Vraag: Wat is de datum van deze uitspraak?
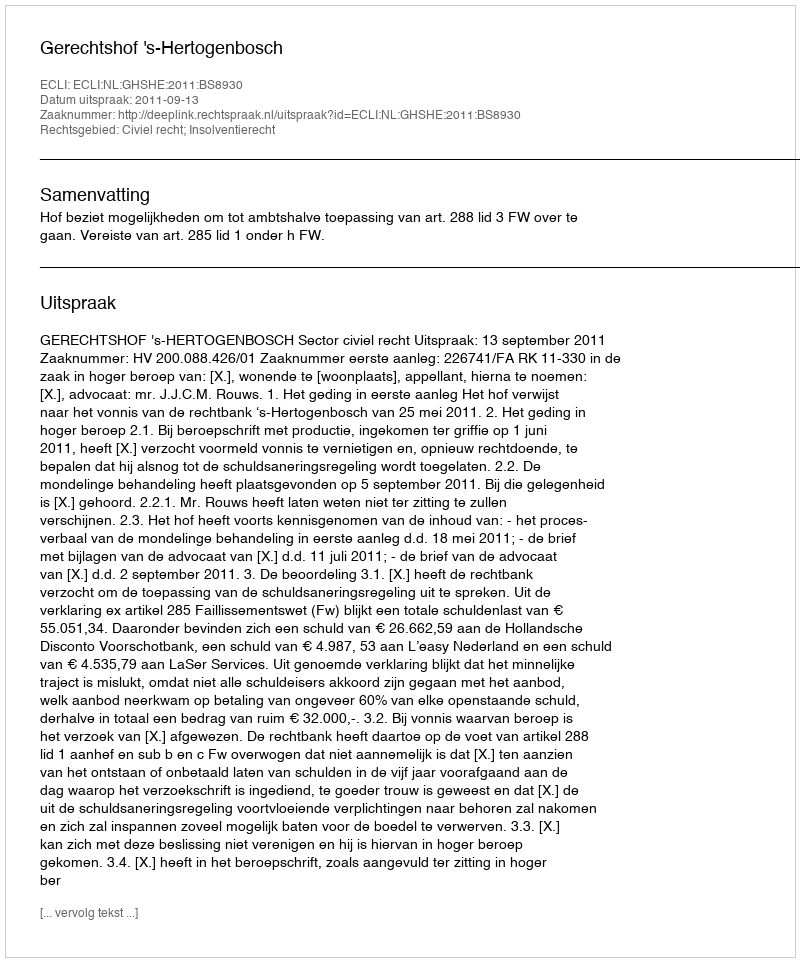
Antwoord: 2011-09-13